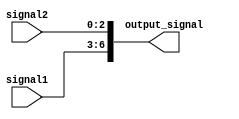
module concatenation_example(
    input [3:0] signal1,
    input [2:0] signal2,
    output [6:0] output_signal
);

assign output_signal = {signal1, signal2};

endmodule